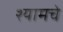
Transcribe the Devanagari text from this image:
श्यामचे